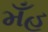
મઁહ